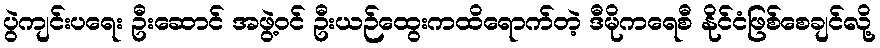
ပွဲကျင်းပရေး ဦးဆောင် အဖွဲ့ဝင် ဦးယဉ်ထွေးကထိရောက်တဲ့ ဒီမိုကရေစီ နိုင်ငံဖြစ်စေချင်လို့